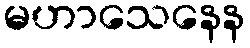
မဟာသေနေန